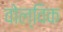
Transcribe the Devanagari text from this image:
वोल्विक